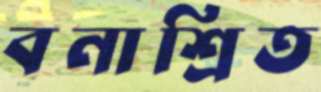
বনাশ্রিত